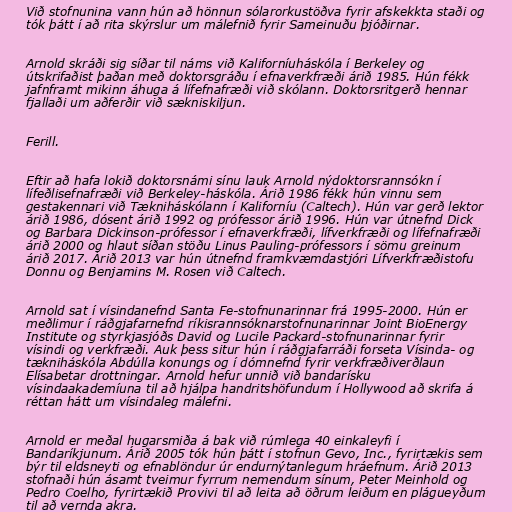
Við stofnunina vann hún að hönnun sólarorkustöðva fyrir afskekkta staði og
tók þátt í að rita skýrslur um málefnið fyrir Sameinuðu þjóðirnar.

Arnold skráði sig síðar til náms við Kaliforníuháskóla í Berkeley og
útskrifaðist þaðan með doktorsgráðu í efnaverkfræði árið 1985. Hún fékk
jafnframt mikinn áhuga á lífefnafræði við skólann. Doktorsritgerð hennar
fjallaði um aðferðir við sækniskiljun.

Ferill.

Eftir að hafa lokið doktorsnámi sínu lauk Arnold nýdoktorsrannsókn í
lífeðlisefnafræði við Berkeley-háskóla. Árið 1986 fékk hún vinnu sem
gestakennari við Tækniháskólann í Kaliforníu (Caltech). Hún var gerð lektor
árið 1986, dósent árið 1992 og prófessor árið 1996. Hún var útnefnd Dick
og Barbara Dickinson-prófessor í efnaverkfræði, lífverkfræði og lífefnafræði
árið 2000 og hlaut síðan stöðu Linus Pauling-prófessors í sömu greinum
árið 2017. Árið 2013 var hún útnefnd framkvæmdastjóri Lífverkfræðistofu
Donnu og Benjamins M. Rosen við Caltech.

Arnold sat í vísindanefnd Santa Fe-stofnunarinnar frá 1995-2000. Hún er
meðlimur í ráðgjafarnefnd ríkisrannsóknarstofnunarinnar Joint BioEnergy
Institute og styrkjasjóðs David og Lucile Packard-stofnunarinnar fyrir
vísindi og verkfræði. Auk þess situr hún í ráðgjafarráði forseta Vísinda- og
tækniháskóla Abdúlla konungs og í dómnefnd fyrir verkfræðiverðlaun
Elísabetar drottningar. Arnold hefur unnið við bandarísku
vísindaakademíuna til að hjálpa handritshöfundum í Hollywood að skrifa á
réttan hátt um vísindaleg málefni.

Arnold er meðal hugarsmiða á bak við rúmlega 40 einkaleyfi í
Bandaríkjunum. Árið 2005 tók hún þátt í stofnun Gevo, Inc., fyrirtækis sem
býr til eldsneyti og efnablöndur úr endurnýtanlegum hráefnum. Árið 2013
stofnaði hún ásamt tveimur fyrrum nemendum sínum, Peter Meinhold og
Pedro Coelho, fyrirtækið Provivi til að leita að öðrum leiðum en plágueyðum
til að vernda akra.